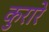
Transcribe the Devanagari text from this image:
कुरारे